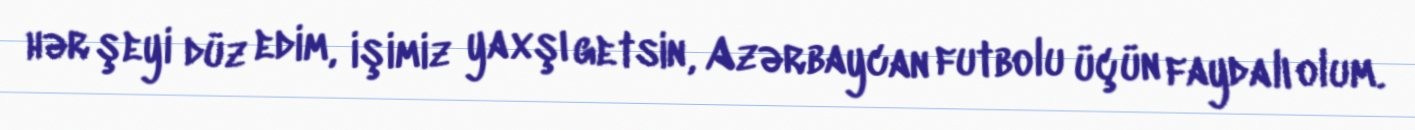
hər şeyi düz edim, işimiz yaxşı getsin, Azərbaycan futbolu üçün faydalı olum.